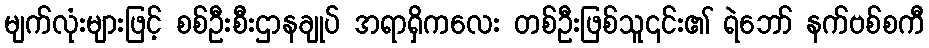
မျက်လုံးများဖြင့် စစ်ဦးစီးဌာနချုပ် အရာရှိကလေး တစ်ဦးဖြစ်သူ၎င်း၏ ရဲဘော် နက်ဗစ်စကီ